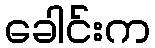
ခေါင်းက